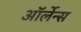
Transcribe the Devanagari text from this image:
ऑर्लेन्स